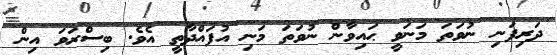
ދަރިފަނި ނުވަތަ މަނަވީ ޙައިވާން ނުވަތަ މަނި އުފައްދާތީ އެވެ. ބިސްރަވަ އިން